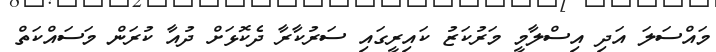
މައްސަލަ އަދި އިސްލާމީ މަރުކަޒު ކައިރީގައި ސަރުކާރާ ދެކޮޅަށް ދުއާ ކުރަން މަސައްކަތް